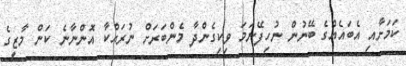
ކަމަށާއި އެބައެއްގެ ބޭނުން ނުހިފޭނަމަ ވިކިގެންދާ މެންބަރަށް ނުރައްކާ އޮންނާނެ ކަން މާޒީގެ